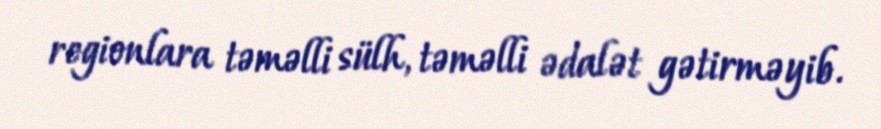
regionlara təməlli sülh, təməlli ədalət gətirməyib.